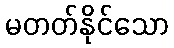
မတတ်နိုင်သော